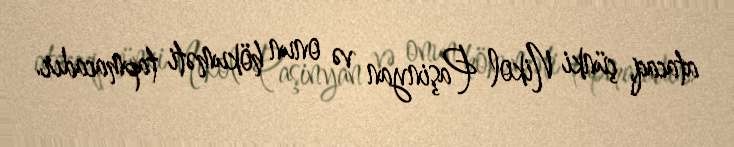
atacaq, çünki Nikol Paşinyan və onun hökuməti tapmacadır.